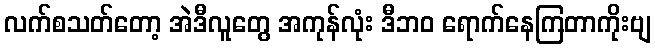
လက်စသတ်တော့ အဲဒီလူတွေ အကုန်လုံး ဒီဘဝ ရောက်နေကြတာကိုးဗျ